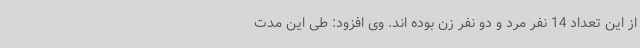
از این تعداد 14 نفر مرد و دو نفر زن بوده اند. وی افزود: طی این مدت